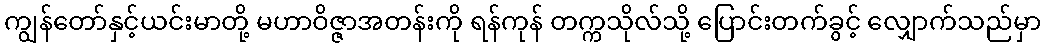
ကျွန်တော်နှင့်ယင်းမာတို့ မဟာဝိဇ္ဇာအတန်းကို ရန်ကုန် တက္ကသိုလ်သို့ ပြောင်းတက်ခွင့် လျှောက်သည်မှာ